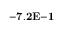
{ \bf - 7 . 2 E { - 1 } }